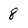
Character: 8